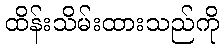
ထိန်းသိမ်းထားသည်ကို